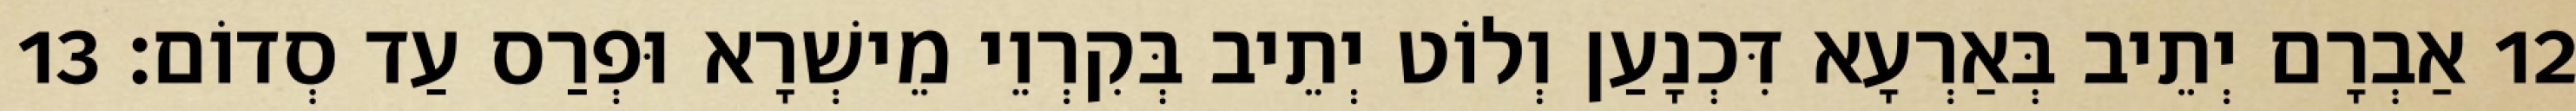
12 אַבְרָם יְתֵיב בְּאַרְעָא דִּכְנָעַן וְלוֹט יְתֵיב בְּקִרְוֵי מֵישְׁרָא וּפְרַס עַד סְדוֹם׃ 13